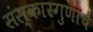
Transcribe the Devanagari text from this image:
संस्कारगुणांचे